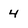
Character: 4